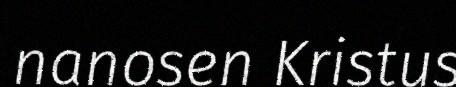
nanosen Kristus